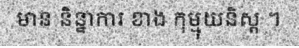
មាន និន្នាការ ខាង កុម្មុយនិស្ត ។